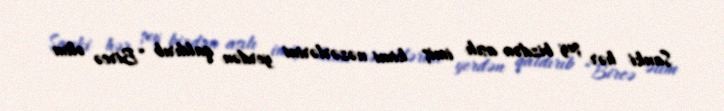
Sanki hər şey bizdən asılı imiş kimi nəzərlərini yerdən qaldırıb “Bircə əlim